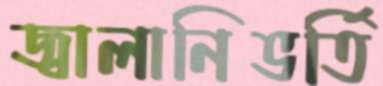
জ্বালানিভর্তি